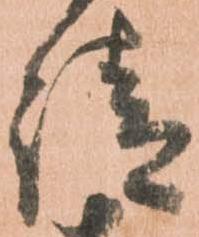
請